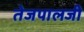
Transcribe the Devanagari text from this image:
तेजपालजी